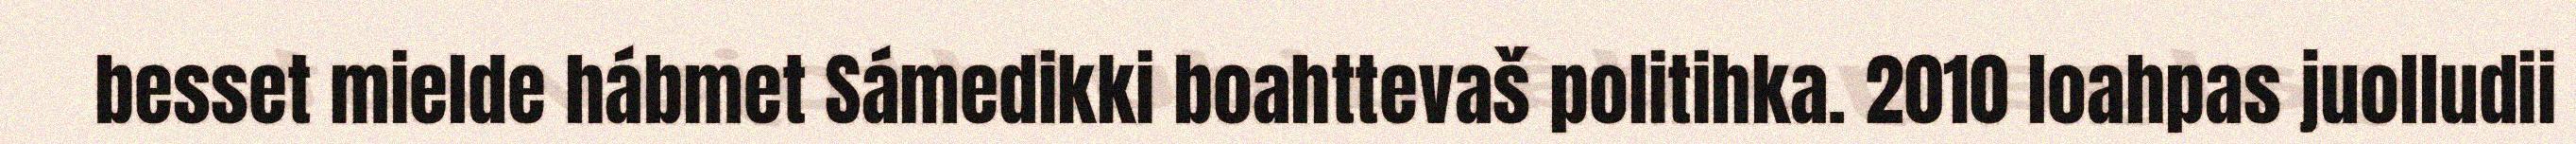
besset mielde hábmet Sámedikki boahttevaš politihka. 2010 loahpas juolludii